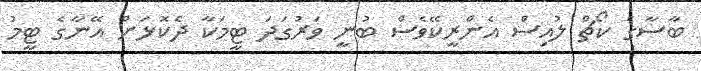
ބާސާގެ ކޯޗް ލުއިސް އެންރީކޭވެސް ބުނީ ވަރުގަދަ ޓީމަކާ ދެކޮޅަށް އޭނާގެ ޓީމު